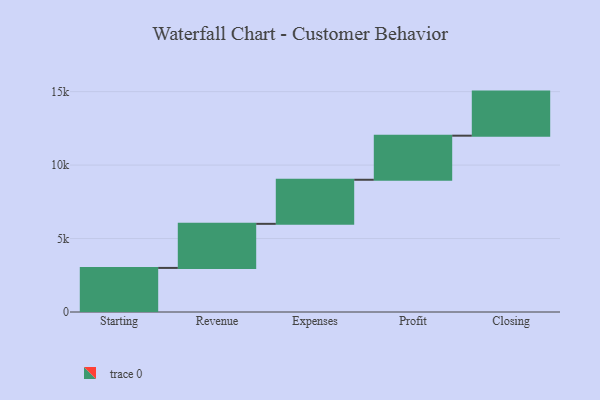
{"axis": {"x": "Step", "y": "Value"}, "legend": [""], "data": [{"x": "Starting", "y": 3000, "type": ""}, {"x": "Revenue", "y": 3000, "type": ""}, {"x": "Expenses", "y": 3000, "type": ""}, {"x": "Profit", "y": 3000, "type": ""}, {"x": "Closing", "y": 3000, "type": ""}]}